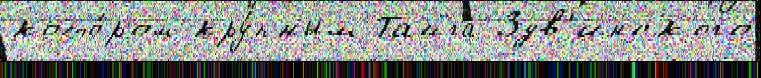
кото́ром кру́пным Тайга Здв'инского